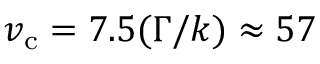
v _ { \mathrm { c } } = 7 . 5 ( \Gamma / k ) \approx 5 7